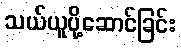
သယ်ယူပို့ဆောင်ခြင်း